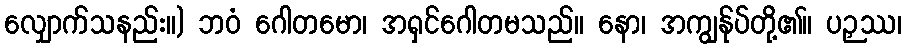
လျှောက်သနည်း။) ဘဝံ ဂေါတမော၊ အရှင်ဂေါတမသည်။ နော၊ အကျွန်ုပ်တို့၏။ ပဉှဿ၊